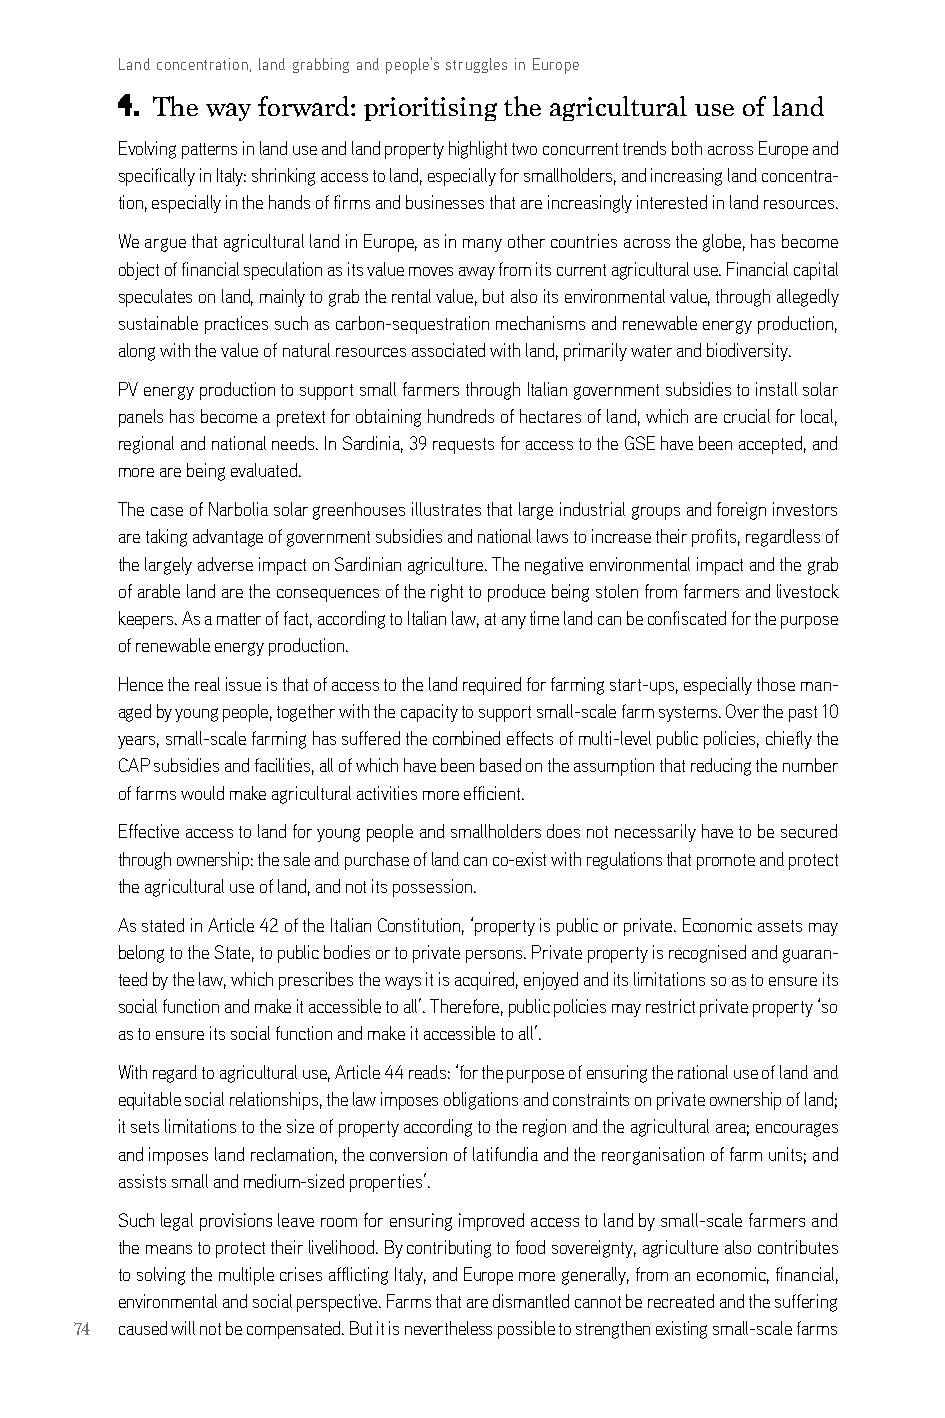
Land concentration, land grabbing and people’s struggles in Europe
 4. The way forward: prioritising the agricultural use of land
 evolving patterns in land use and land property highlight two concurrent trends both across europe and
 specifically in italy: shrinking access to land, especially for smallholders, and increasing land concentra-
 tion, especially in the hands of firms and businesses that are increasingly interested in land resources.
 We argue that agricultural land in europe, as in many other countries across the globe, has become
 object of financial speculation as its value moves away from its current agricultural use. Financial capital
 speculates on land, mainly to grab the rental value, but also its environmental value, through allegedly
 sustainable practices such as carbon-sequestration mechanisms and renewable energy production,
 along with the value of natural resources associated with land, primarily water and biodiversity.
 PV energy production to support small farmers through italian government subsidies to install solar
 panels has become a pretext for obtaining hundreds of hectares of land, which are crucial for local,
 regional and national needs. in sardinia, 39 requests for access to the gse have been accepted, and
 more are being evaluated.
 The case of narbolia solar greenhouses illustrates that large industrial groups and foreign investors
 are taking advantage of government subsidies and national laws to increase their profits, regardless of
 the largely adverse impact on sardinian agriculture. The negative environmental impact and the grab
 of arable land are the consequences of the right to produce being stolen from farmers and livestock
 keepers. as a matter of fact, according to italian law, at any time land can be confiscated for the purpose
 of renewable energy production.
 Hence the real issue is that of access to the land required for farming start-ups, especially those man-
 aged by young people, together with the capacity to support small-scale farm systems. over the past 10
 years, small-scale farming has suffered the combined effects of multi-level public policies, chiefly the
 caP subsidies and facilities, all of which have been based on the assumption that reducing the number
 of farms would make agricultural activities more efficient.
 effective access to land for young people and smallholders does not necessarily have to be secured
 through ownership: the sale and purchase of land can co-exist with regulations that promote and protect
 the agricultural use of land, and not its possession.
 as stated in article 42 of the italian constitution, ‘property is public or private. economic assets may
 belong to the state, to public bodies or to private persons. Private property is recognised and guaran-
 teed by the law, which prescribes the ways it is acquired, enjoyed and its limitations so as to ensure its
 social function and make it accessible to all’. Therefore, public policies may restrict private property ‘so
 as to ensure its social function and make it accessible to all’.
 With regard to agricultural use, article 44 reads: ‘for the purpose of ensuring the rational use of land and
 equitable social relationships, the law imposes obligations and constraints on private ownership of land;
 it sets limitations to the size of property according to the region and the agricultural area; encourages
 and imposes land reclamation, the conversion of latifundia and the reorganisation of farm units; and
 assists small and medium-sized properties’.
 such legal provisions leave room for ensuring improved access to land by small-scale farmers and
 the means to protect their livelihood. by contributing to food sovereignty, agriculture also contributes
 to solving the multiple crises afflicting italy, and europe more generally, from an economic, financial,
 environmental and social perspective. Farms that are dismantled cannot be recreated and the suffering
 74 caused will not be compensated. but it is nevertheless possible to strengthen existing small-scale farms